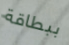
ببطاقة